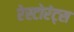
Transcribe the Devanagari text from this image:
रेस्टोरंट्स